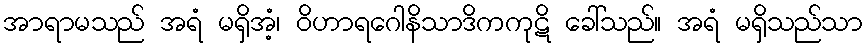
အာရာမသည် အရံ မရှိအံ့၊ ဝိဟာရဂေါနိသာဒိကကုဋိ ခေါ်သည်။ အရံ မရှိသည်သာ